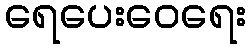
ရေပေးဝေရေး